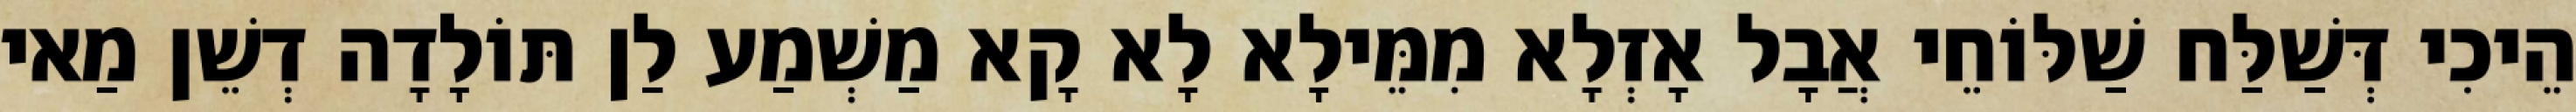
הֵיכִי דְּשַׁלַּח שַׁלּוֹחֵי אֲבָל אָזְלָא מִמֵּילָא לָא קָא מַשְׁמַע לַן תּוֹלָדָה דְשֵׁן מַאי